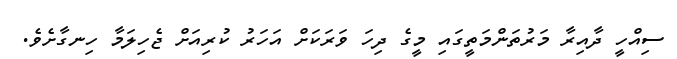
ސިއްހީ ދާއިރާ މަރުތަންމަތީގައި މީގެ ދިހަ ވަރަކަށް އަހަރު ކުރިއަށް ޖެހިލަމާ ހިނގާށެވެ.